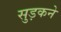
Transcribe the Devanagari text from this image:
सुड़कने